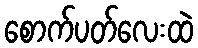
စောက်ပတ်လေးထဲ